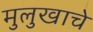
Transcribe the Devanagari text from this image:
मुलुखाचे